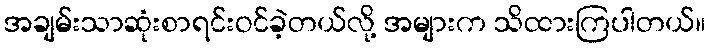
အချမ်းသာဆုံးစာရင်းဝင်ခဲ့တယ်လို့ အများက သိထားကြပါတယ်။